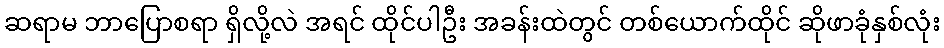
ဆရာမ ဘာပြောစရာ ရှိလို့လဲ အရင် ထိုင်ပါဦး အခန်းထဲတွင် တစ်ယောက်ထိုင် ဆိုဖာခုံနှစ်လုံး